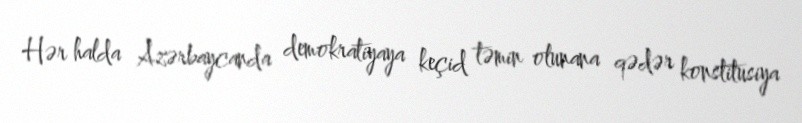
Hər halda Azərbaycanda demokratiyaya keçid təmin olunana qədər konstitusiya